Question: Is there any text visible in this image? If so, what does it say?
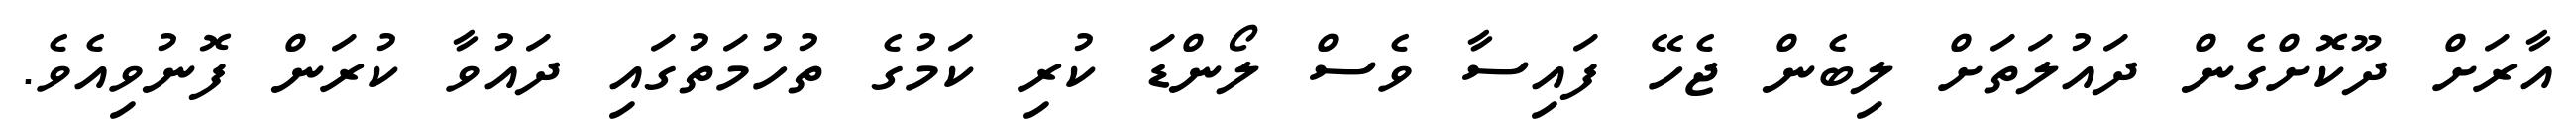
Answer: އާރަށް ދޫކޮށްގެން ދައުލަތަށް ލިބެން ޖެހޭ ފައިސާ ވެސް ލޯންޑަ ކުރި ކަމުގެ ތުހުމަތުގައި ދައުވާ ކުރަން ފޮނުވިއެވެ.